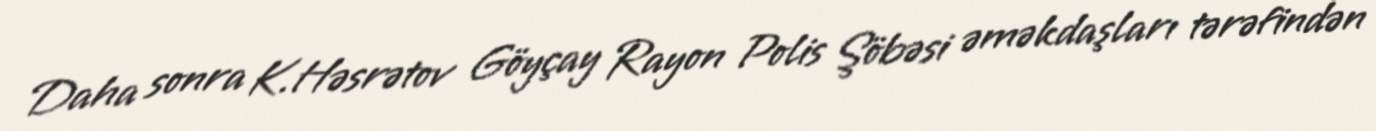
Daha sonra K.Həsrətov Göyçay Rayon Polis Şöbəsi əməkdaşları tərəfindən